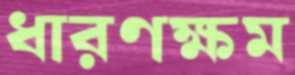
ধারণক্ষম